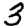
Digit: 3